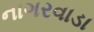
નાગરવાડા